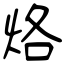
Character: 烙